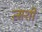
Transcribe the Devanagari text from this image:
त्सशी